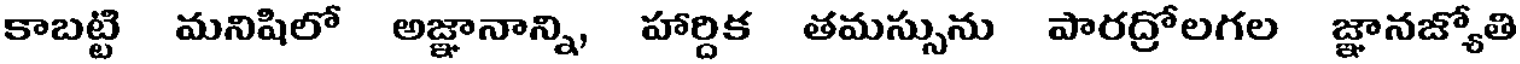
కాబట్టి మనిషిలో అజ్ఞానాన్ని, హార్దిక తమస్సును పారద్రోలగల జ్ఞానజ్యోతి